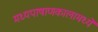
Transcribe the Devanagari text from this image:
मध्यपाषाणकालामध्ये